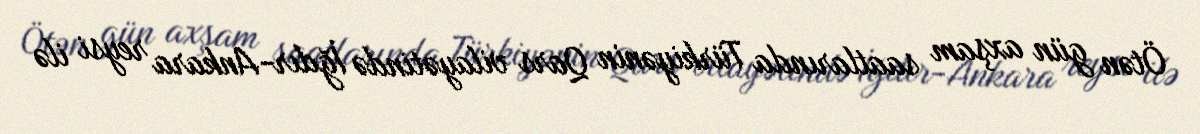
Ötən gün axşam saatlarında Türkiyənin Qars vilayətində İğdır-Ankara reysi ilə